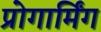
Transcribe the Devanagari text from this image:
प्रोगार्मिंग